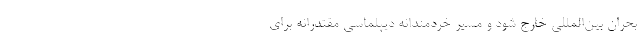
بحران بین‌المللی خارج شود و مسیر خردمندانه دیپلماسی مقتدرانه برای